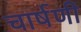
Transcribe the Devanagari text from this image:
चार्षणी